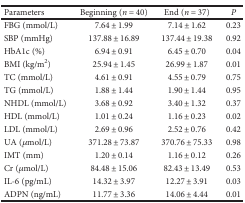
<table><thead><tr><td><b>Parameters</b></td><td><b>Beginning (<i>n</i> = 40)</b></td><td><b>End (<i>n</i> = 37)</b></td><td><b><i>P</i></b></td></tr></thead><tbody><tr><td>FBG (mmol/L)</td><td>7.64 ± 1.99</td><td>7.14 ± 1.62</td><td>0.23</td></tr><tr><td>SBP (mmHg)</td><td>137.88 ± 16.89</td><td>137.44 ± 19.38</td><td>0.92</td></tr><tr><td>HbA1c (%)</td><td>6.94 ± 0.91</td><td>6.45 ± 0.70</td><td>0.04</td></tr><tr><td>BMI (kg/m<sup>2</sup>)</td><td>25.94 ± 1.45</td><td>26.99 ± 1.87</td><td>0.01</td></tr><tr><td>TC (mmol/L)</td><td>4.61 ± 0.91</td><td>4.55 ± 0.79</td><td>0.75</td></tr><tr><td>TG (mmol/L)</td><td>1.88 ± 1.44</td><td>1.90 ± 1.44</td><td>0.95</td></tr><tr><td>NHDL (mmol/L)</td><td>3.68 ± 0.92</td><td>3.40 ± 1.32</td><td>0.37</td></tr><tr><td>HDL (mmol/L)</td><td>1.01 ± 0.24</td><td>1.16 ± 0.23</td><td>0.02</td></tr><tr><td>LDL (mmol/L)</td><td>2.69 ± 0.96</td><td>2.52 ± 0.76</td><td>0.42</td></tr><tr><td>UA (<i>μ</i>mol/L)</td><td>371.28 ± 73.87</td><td>370.76 ± 75.33</td><td>0.98</td></tr><tr><td>IMT (mm)</td><td>1.20 ± 0.14</td><td>1.16 ± 0.12</td><td>0.26</td></tr><tr><td>Cr (<i>μ</i>mol/L)</td><td>84.48 ± 15.06</td><td>82.43 ± 13.49</td><td>0.53</td></tr><tr><td>IL-6 (pg/mL)</td><td>14.32 ± 3.97</td><td>12.27 ± 3.91</td><td>0.03</td></tr><tr><td>ADPN (ng/mL)</td><td>11.77 ± 3.36</td><td>14.06 ± 4.44</td><td>0.01</td></tr></tbody></table>